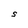
Character: S